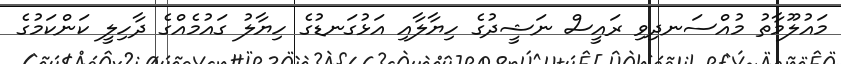
މައުލޫމާތު މުއްސަނދިވި ރައީސް ނަޝީދުގެ ހިޔާލާއި އަޅުގަނޑުގެ ހިޔާލު ގައުމެއްގެ ދާހިލީ ކަންކަމުގެ